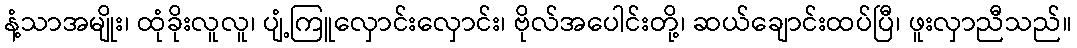
နံ့သာအမျိုး၊ ထုံခိုးလူလူ၊ ပျံ့ကြူလှောင်းလှောင်း၊ ဗိုလ်အပေါင်းတို့၊ ဆယ်ချောင်းထပ်ပြီ၊ ဖူးလှာညီသည်။